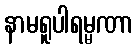
နာမရူပါရမ္မဏာ